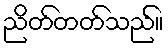
ညိတ်တတ်သည်။